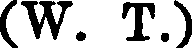
(W. T.)